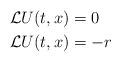
LaTeX: \begin{align*} &\mathcal L U(t,x)=0 & \\ &\mathcal L U(t,x)=-r & \end{align*}